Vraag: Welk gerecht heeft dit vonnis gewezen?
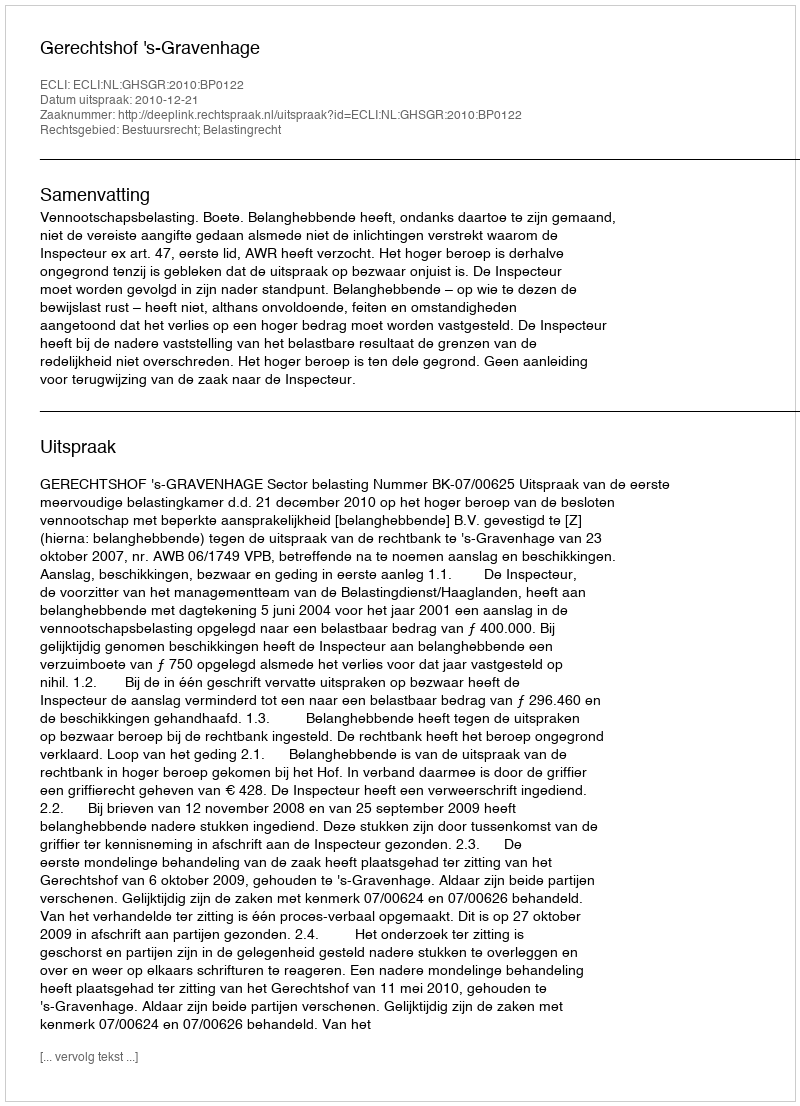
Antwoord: Gerechtshof 's-Gravenhage